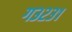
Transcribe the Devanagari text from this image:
ग३२३१